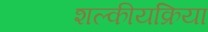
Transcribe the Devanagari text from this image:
शल्कीयक्रिया